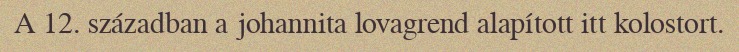
A 12. században a johannita lovagrend alapított itt kolostort.